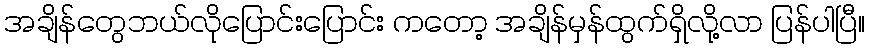
အချိန်တွေဘယ်လိုပြောင်းပြောင်း ကတော့ အချိန်မှန်ထွက်ရှိလို့လာ ပြန်ပါပြီ။